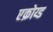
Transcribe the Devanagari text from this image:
एक्रोय्ड